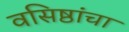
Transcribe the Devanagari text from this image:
वसिष्ठांचा